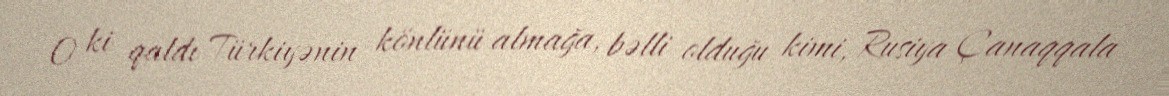
O ki qaldı Türkiyənin könlünü almağa, bəlli olduğu kimi, Rusiya Çanaqqala